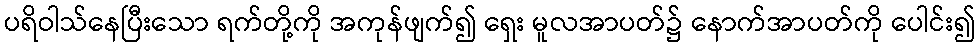
ပရိဝါသ်နေပြီးသော ရက်တို့ကို အကုန်ဖျက်၍ ရှေး မူလအာပတ်၌ နောက်အာပတ်ကို ပေါင်း၍